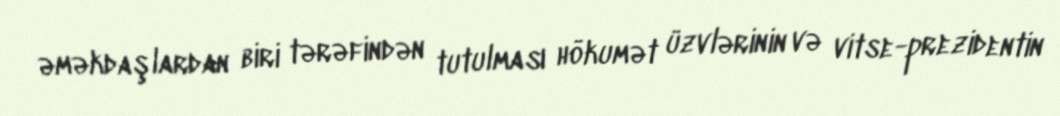
əməkdaşlardan biri tərəfindən tutulması hökumət üzvlərinin və vitse-prezidentin